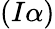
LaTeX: {(I\alpha)}